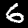
Label: 6